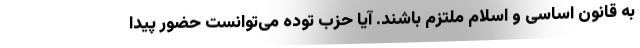
به قانون اساسی و اسلام ملتزم باشند. آیا حزب توده می‌توانست حضور پیدا